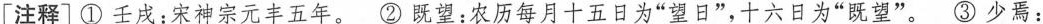
[注释〕① 壬戌：宋神宗元丰五年。② 既望：农历每月十五日为”望日”，十六日为”既望”。③ 少焉：